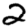
Digit: 2